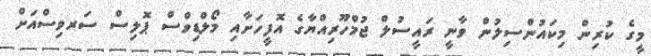
މީގެ ކުރިން މިކައުންސިލުން ވާނީ ރައީސުލް ޖުމްހޫރިއްޔާގެ އޮފީހަށާއި މޯލްޑިވްސް ޕޮލިސް ސަރވިސްއަށް